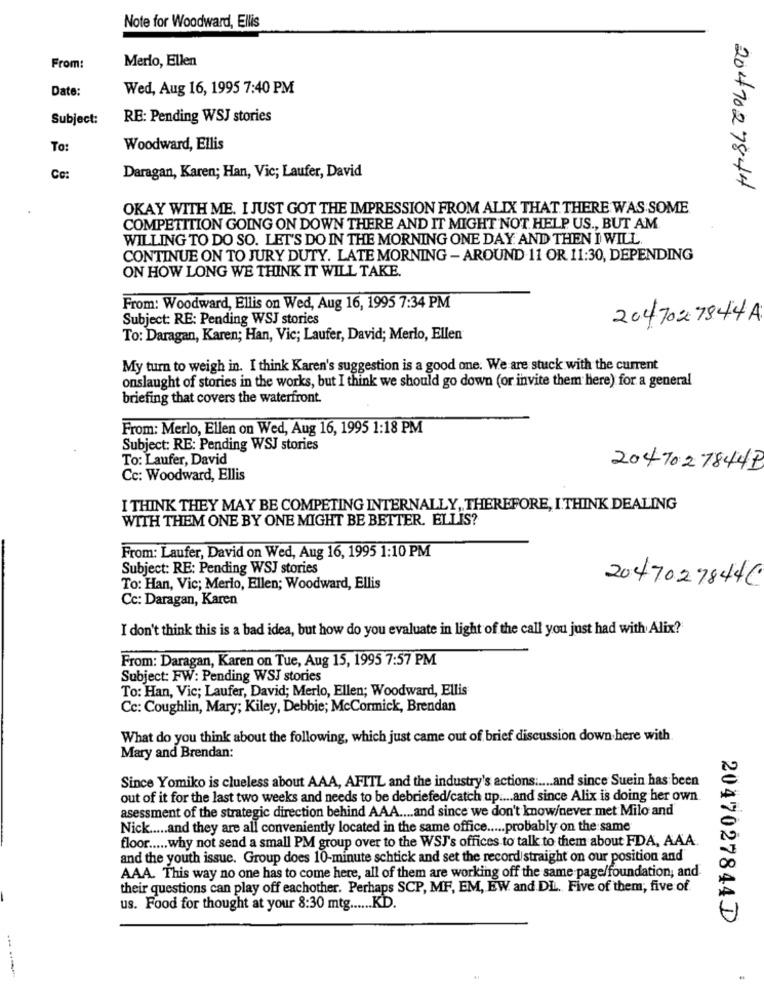
Note for Woodward, Ellis
Merlo, Ellen
From:
Date:
Wed, Aug 16, 1995 7:40 PM
Subject:
RE: Pending WSJ stories
To:
Woodward, Ellis
Cc:
Daragan, Karen; Han, Vic; Laufer, David
2047027844
OKAY WITH ME. I JUST GOT THE IMPRESSION FROM ALIX THAT THERE WAS SOME
COMPETITION GOING ON DOWN THERE AND IT MIGHT NOT HELP US ., BUT AM
WILLING TO DO SO. LET'S DO IN THE MORNING ONE DAY AND THEN I WILL
CONTINUE ON TO JURY DUTY. LATE MORNING - AROUND 11 OR 11:30, DEPENDING
ON HOW LONG WE THINK IT WILL TAKE.
From: Woodward, Ellis on Wed, Aug 16, 1995 7:34 PM
Subject: RE: Pending WSJ stories
2047027844A
To: Daragan, Karen; Han, Vic; Laufer, David; Merlo, Ellen'
My turn to weigh in. I think Karen's suggestion is a good one. We are stuck with the current
onslaught of stories in the works, but I think we should go down (or invite them here) for a general
briefing that covers the waterfront.
From: Merlo, Ellen on Wed, Aug 16, 1995 1:18 PM
Subject: RE: Pending WSJ stories
To: Laufer, David
2047027844P
Cc: Woodward, Ellis
I THINK THEY MAY BE COMPETING INTERNALLY, THEREFORE, I THINK DEALING
WITH THEM ONE BY ONE MIGHT BE BETTER. ELLIS?
From: Laufer, David on Wed, Aug 16, 1995 1:10 PM
Subject: RE: Pending WSJ stories
2047027844C
To: Han, Vic; Merio, Ellen; Woodward, Ellis
Cc: Daragan, Karen
I don't think this is a bad idea, but how do you evaluate in light of the call you just had with Alix?
From: Daragan, Karen on Tue, Aug 15, 1995 7:57 PM
Subject: FW: Pending WSJ stories
To: Han, Vic; Laufer, David; Merlo, Ellen; Woodward, Ellis
Cc: Coughlin, Mary; Kiley, Debbie; McCormick, Brendan
What do you think about the following, which just came out of brief discussion down here with
Mary and Brendan:
Since Yomiko is clueless about AAA, AFITL and the industry's actions ..... and since Suein has been
out of it for the last two weeks and needs to be debriefed/catch up .... and since Alix is doing her own
asessment of the strategic direction behind AAA .... and since we don't know/never met Milo and
Nick ..... and they are all conveniently located in the same office ..... probably on the same
floor ..... why not send a small PM group over to the WSJ's offices to talk to them about FDA, AAA.
and the youth issue. Group does 10-minute schtick and set the record straight on our position and
AAA. This way no one has to come here, all of them are working off the same page/foundation, and
their questions can play off eachother. Perhaps SCP, MF, EM, EW. and .DLL. Five of them; five of
us. Food for thought at your 8:30 mtg ...... KD.
2047027844D